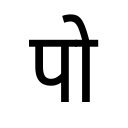
OCR:
पो